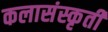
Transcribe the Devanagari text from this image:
कलासंस्कृती